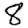
Digit: 8